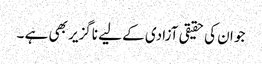
جو ان کی حقیقی آزادی کے لیے ناگزیر بھی ہے ۔